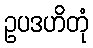
ဥပဒဟိတုံ